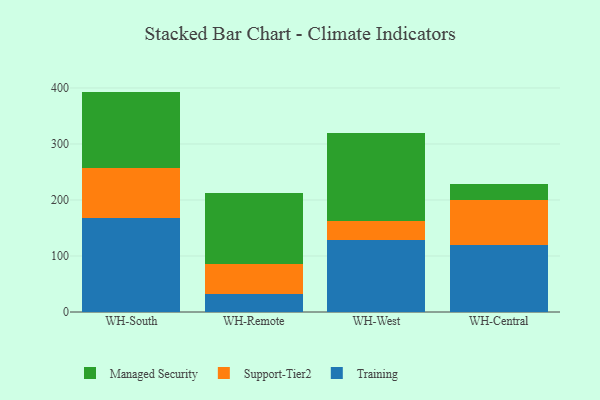
{"axis": {"x": "Warehouse", "y": "Website Visitors"}, "legend": ["Managed Security", "Support-Tier2", "Training"], "data": [{"x": "WH-South", "y": 167.4, "type": "Training"}, {"x": "WH-South", "y": 90.4, "type": "Support-Tier2"}, {"x": "WH-South", "y": 135.7, "type": "Managed Security"}, {"x": "WH-Remote", "y": 31.3, "type": "Training"}, {"x": "WH-Remote", "y": 54.4, "type": "Support-Tier2"}, {"x": "WH-Remote", "y": 126.9, "type": "Managed Security"}, {"x": "WH-West", "y": 128.0, "type": "Training"}, {"x": "WH-West", "y": 35.2, "type": "Support-Tier2"}, {"x": "WH-West", "y": 156.2, "type": "Managed Security"}, {"x": "WH-Central", "y": 119.3, "type": "Training"}, {"x": "WH-Central", "y": 81.4, "type": "Support-Tier2"}, {"x": "WH-Central", "y": 28.7, "type": "Managed Security"}]}